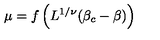
\mu = f \left( L ^ { 1 / \nu } ( \beta _ { c } - \beta ) \right)